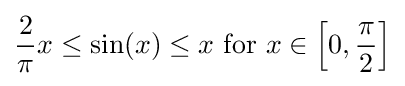
{\frac {2}{\pi }}x\leq \sin(x)\leq x{\text{ for }}x\in \left[0,{\frac {\pi }{2}}\right]